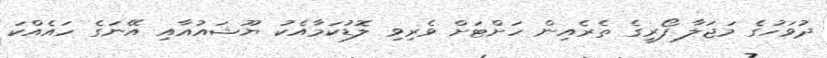
ދުވަހުގެ މަޖަލާ ފޯރީގެ ތެރެއިން ހަށްޓަށް ވެރިވި ލޮޑުކަމާއެކު ޔޫޝައުއާއި އޭނަގެ ހައެއްކަ